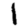
Digit: 1